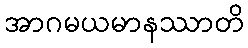
အာဂမယမာနဿာတိ